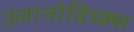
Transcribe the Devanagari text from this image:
उलानोविच्क्स